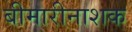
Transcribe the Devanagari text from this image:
बीमारीनाशक